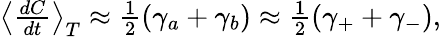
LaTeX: \begin{array}{r}{\left<\frac{dC}{dt}\right>_{T}\approx\frac{1}{2}(\gamma_{a}+\gamma_{b})\approx\frac{1}{2}(\gamma_{+}+\gamma_{-}),}\end{array}